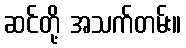
ဆင်တို့ အသက်တမ်း။